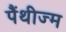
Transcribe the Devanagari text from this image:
पैंथीज्म